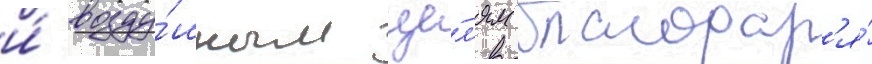
и́ возду́шным це́л'ям благодар'я́